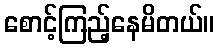
စောင့်ကြည့်နေမိတယ်။